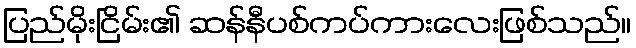
ပြည်မိုးငြိမ်း၏ ဆန်နီပစ်ကပ်ကားလေးဖြစ်သည်။